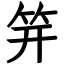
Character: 笄